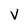
Character: v